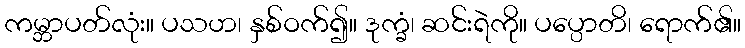
ကမ္ဘာပတ်လုံး။ ပသဟ၊ နှစ်ဝက်၍။ ဒုက္ခံ၊ ဆင်းရဲကို။ ပပ္ပောတိ၊ ရောက်၏။